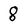
Character: 8